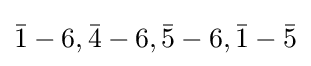
{\bar {1}}-6,{\bar {4}}-6,{\bar {5}}-6,{\bar {1}}-{\bar {5}}